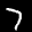
Label: 7